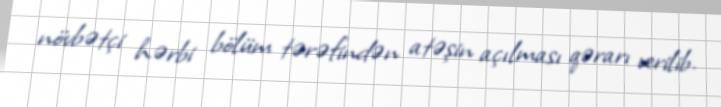
növbətçi hərbi bölüm tərəfindən atəşin açılması qərarı verilib.